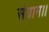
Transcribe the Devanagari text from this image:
संग्राम।।